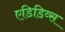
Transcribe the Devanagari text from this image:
एडिडिव्स